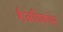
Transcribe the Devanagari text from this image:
हैअधिकांश